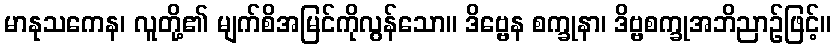
မာနုသကေန၊ လူတို့၏ မျက်စိအမြင်ကိုလွန်သော။ ဒိဗ္ဗေန စက္ခုနာ၊ ဒိဗ္ဗစက္ခုအဘိညာဉ်ဖြင့်။